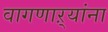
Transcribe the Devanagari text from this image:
वागणाऱ्यांना